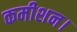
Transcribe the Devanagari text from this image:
कमीशन।